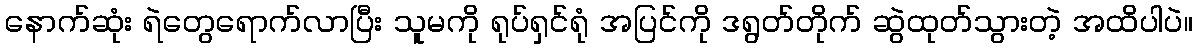
နောက်ဆုံး ရဲတွေရောက်လာပြီး သူမကို ရုပ်ရှင်ရုံ အပြင်ကို ဒရွတ်တိုက် ဆွဲထုတ်သွားတဲ့ အထိပါပဲ။